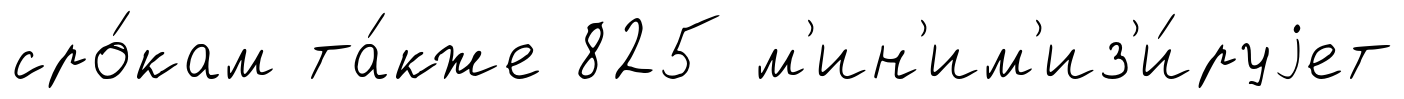
сро́кам та́кже 825 м'ин'им'из'и́руjет